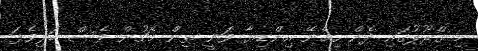
މި ގްރޫޕުގައި ދެން ހިމެނޭ އިންޑިޔާ ވަނީ ތިން މެޗުން ވެސް ބަލިވެފަ